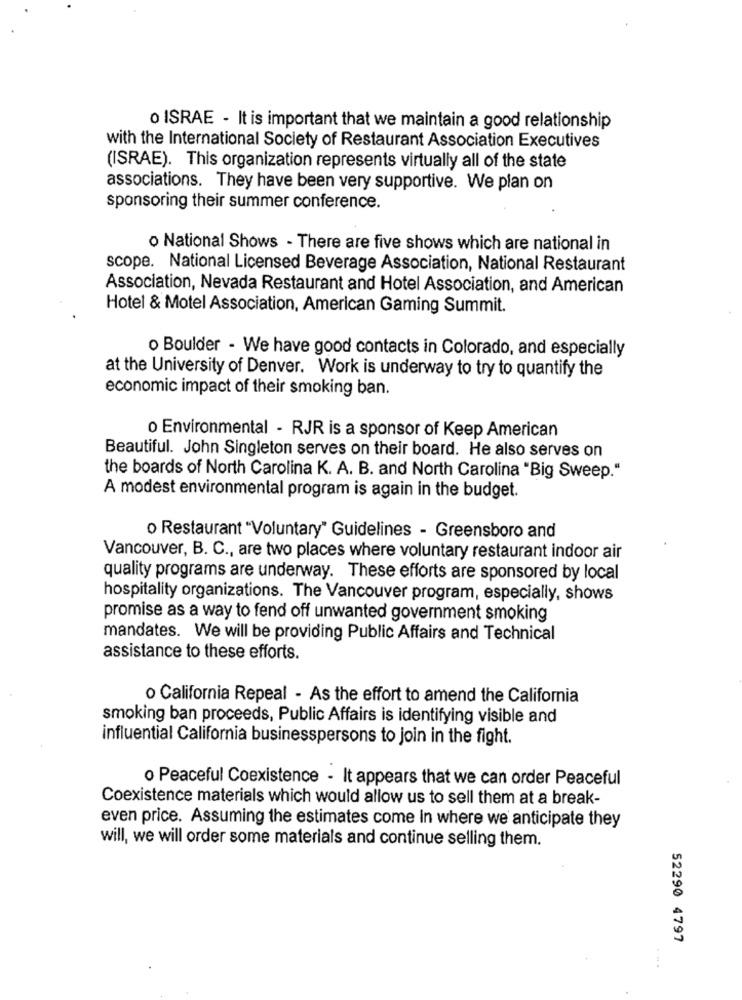
o ISRAE - It is important that we maintain a good relationship
with the International Society of Restaurant Association Executives
(ISRAE). This organization represents virtually all of the state
associations. They have been very supportive. We plan on
sponsoring their summer conference.
o National Shows - There are five shows which are national in
scope. National Licensed Beverage Association, National Restaurant
Association, Nevada Restaurant and Hotel Association, and American
Hotel & Motel Association, American Gaming Summit.
o Boulder - We have good contacts in Colorado, and especially
at the University of Denver. Work is underway to try to quantify the
economic impact of their smoking ban.
o Environmental - RJR is a sponsor of Keep American
Beautiful. John Singleton serves on their board. He also serves on
the boards of North Carolina K. A. B. and North Carolina "Big Sweep."
A modest environmental program is again in the budget.
o Restaurant "Voluntary" Guidelines - Greensboro and
Vancouver, B. C ., are two places where voluntary restaurant indoor air
quality programs are underway. These efforts are sponsored by local
hospitality organizations. The Vancouver program, especially, shows
promise as a way to fend off unwanted government smoking
mandates. We will be providing Public Affairs and Technical
assistance to these efforts.
o California Repeal - As the effort to amend the California
smoking ban proceeds, Public Affairs is identifying visible and
influential California businesspersons to join in the fight.
o Peaceful Coexistence - It appears that we can order Peaceful
Coexistence materials which would allow us to sell them at a break-
even price. Assuming the estimates come In where we anticipate they
will, we will order some materials and continue selling them.
52290 4797
...